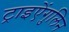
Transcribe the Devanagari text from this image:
ट्राइऐंगुलिन